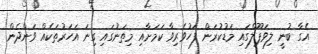
އެގާ ބުނީ ލިވަޕޫލްގައި މަޑުކުރަން ފަހުވެރިވާ ކަމަށާއި މިތަނުގައި ގިނަ އަހަރުތަކެއް ވަންދެން